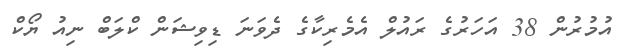
އުމުރުން 38 އަހަރުގެ ރައުލް އެމެރިކާގެ ދެވަނަ ޑިވިޝަން ކްލަބް ނިއު ޔޯކް